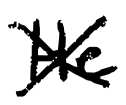
Text: He
Cross-out: cross
Writing tool: digital_black